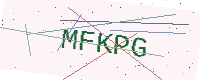
Text: MFKPG